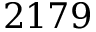
2 1 7 9